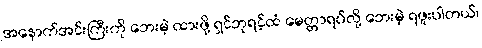
အနောက်အင်းကြီးကို ဘေးမဲ့ ထားဖို့ ရှင်ဘုရင့်ထံ မေတ္တာရပ်လို့ ဘေးမဲ့ ရဖူးပါတယ်၊